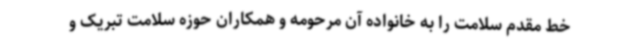
خط مقدم سلامت را به خانواده آن مرحومه و همکاران حوزه سلامت تبریک و